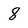
Character: 8